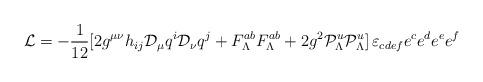
LaTeX: \begin{align*}{\cal L}=-{1\over 12} [2g^{\mu\nu}h_{ij}{\cal D}_\mu q^i{\cal D}_\nu q^j+F^{ab}_\Lambda F_\Lambda^{ab}+2g^2 {\cal P}^u_\Lambda{\cal P}^u_\Lambda]\, \varepsilon_{cdef}e^c e^d e^e e^f\end{align*}